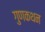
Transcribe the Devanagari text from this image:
गुणकथन